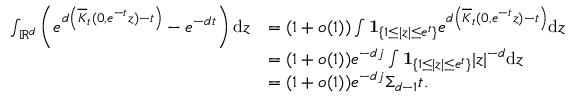
\begin{array} { r l } { \int _ { { \ensuremath { \mathbb R } } ^ { d } } \left( e ^ { d \left( \overline { K } _ { t } ( 0 , e ^ { - t } z ) - t \right) } - e ^ { - d t } \right) \mathrm { d } z } & { = ( 1 + o ( 1 ) ) \int \mathbf { 1 } _ { \{ 1 \le | z | \le e ^ { t } \} } e ^ { d \left( \overline { K } _ { t } ( 0 , e ^ { - t } z ) - t \right) } \mathrm { d } z } \\ & { = ( 1 + o ( 1 ) ) e ^ { - d \mathfrak j } \int \mathbf { 1 } _ { \{ 1 \le | z | \le e ^ { t } \} } | z | ^ { - d } \mathrm { d } z } \\ & { = ( 1 + o ( 1 ) ) e ^ { - d \mathfrak j } \Sigma _ { d - 1 } t . } \end{array}